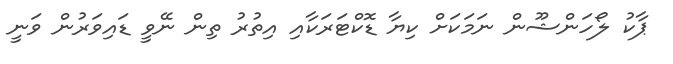
ޕާކު ލޯހަންޝޫން ނަމަކަށް ކިޔާ ޑޮކްޓަރަކާއި އިތުރު ތިން ނޭވީ ޑައިވަރުން ވަނީ